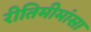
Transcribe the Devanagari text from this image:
रीतिमीमांसा